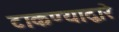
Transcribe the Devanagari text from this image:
टाकण्याद्वारे